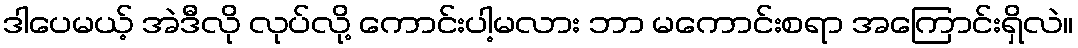
ဒါပေမယ့် အဲဒီလို လုပ်လို့ ကောင်းပါ့မလား ဘာ မကောင်းစရာ အကြောင်းရှိလဲ။